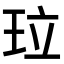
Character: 𤤔